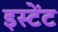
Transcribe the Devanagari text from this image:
इस्टेंट